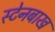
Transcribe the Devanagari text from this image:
स्टेनबाख